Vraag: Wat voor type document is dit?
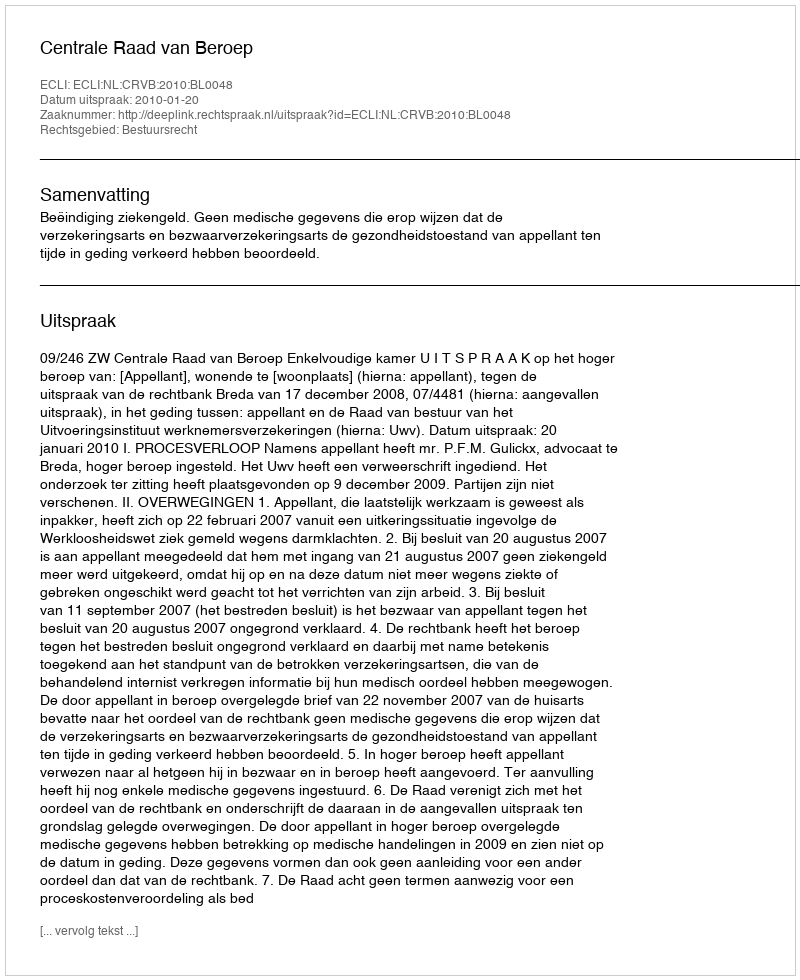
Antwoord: Uitspraak